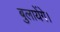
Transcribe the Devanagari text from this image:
बुलायेंगे।